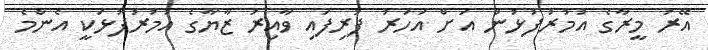
އޭރު މީރާގެ އުމުރުފުޅުން އަށް އަހަރު ފުރިފައި ވާއިރު ޒާޔާގެ އުމުރުފުޅަކީ އެންމެ